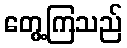
တွေ့ကြသည်